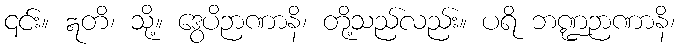
၎င်း။ ဣတိ၊ သို့။ ဒွေပိဉာဏာနိ၊ တို့သည်လည်း။ ပရိ ဘဏ္ဍဉာဏာနိ၊